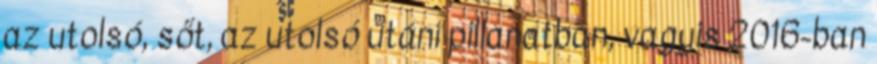
az utolsó, sőt, az utolsó utáni pillanatban, vagyis 2016-ban